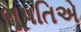
ભૂપતિએ